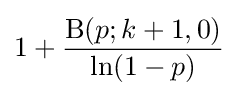
1+{\frac {\mathrm {B} (p;k+1,0)}{\ln(1-p)}}